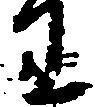
わ